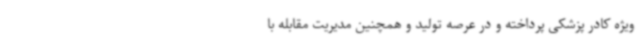
ویژه کادر پزشکی پرداخته و در عرصه تولید و همچنین مدیریت مقابله با